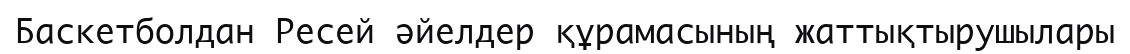
Баскетболдан Ресей әйелдер құрамасының жаттықтырушылары